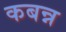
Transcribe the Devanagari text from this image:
कबन्न